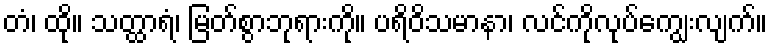
တံ၊ ထို။ သတ္ထာရံ၊ မြတ်စွာဘုရားကို။ ပရိဝိသမာနာ၊ လင်ကိုလုပ်ကျွေးလျက်။